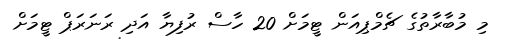
މި މުބާރާތުގެ ޗެމްޕިއަން ޓީމަށް 20 ހާސް ރުފިޔާ އަދި ރަނަރަޕް ޓީމަށް